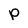
Character: p